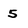
Character: 5